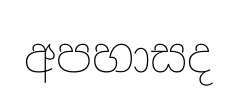
අපහාසද